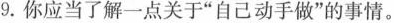
9.你应当了解一点关于”自己动手做”的事情。